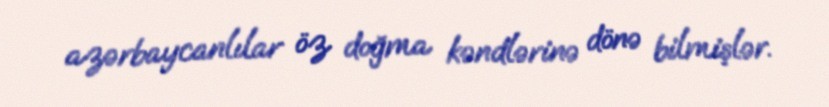
azərbaycanlılar öz doğma kəndlərinə dönə bilmişlər.